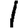
Digit: 1